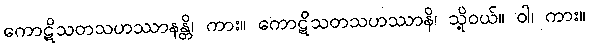
ကောဋိသတသဟဿာနန္တိ၊ ကား။ ကောဋိသတသဟဿာနိ၊ သို့ဝယ်။ ဝါ၊ ကား။